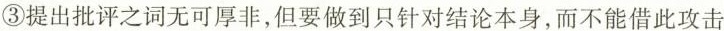
③提出批评之词无可厚非，但要做到只针对结论本身，而不能借此攻击